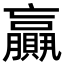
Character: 𦢼